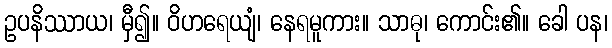
ဥပနိဿာယ၊ မှီ၍။ ဝိဟရေယျံ၊ နေရမူကား။ သာဓု၊ ကောင်း၏။ ခေါ ပန၊